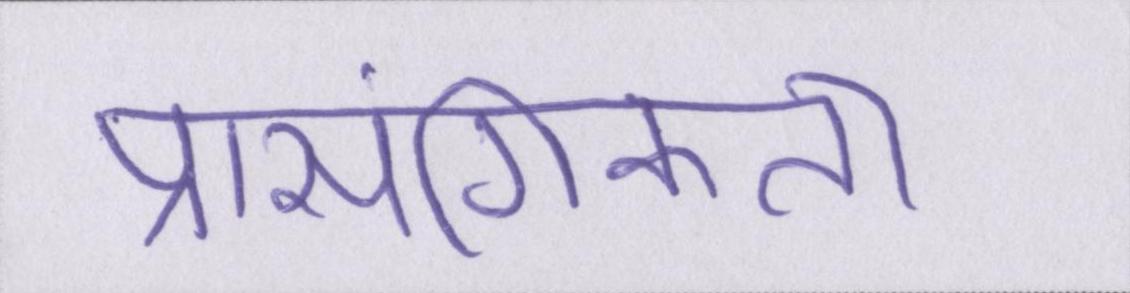
प्रासंगिकता